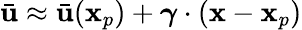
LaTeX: \bar{\mathbf{u}}\approx\bar{\mathbf{u}}(\mathbf{x}_{p})+\boldsymbol{\gamma}\cdot(\mathbf{x}-\mathbf{x}_{p})